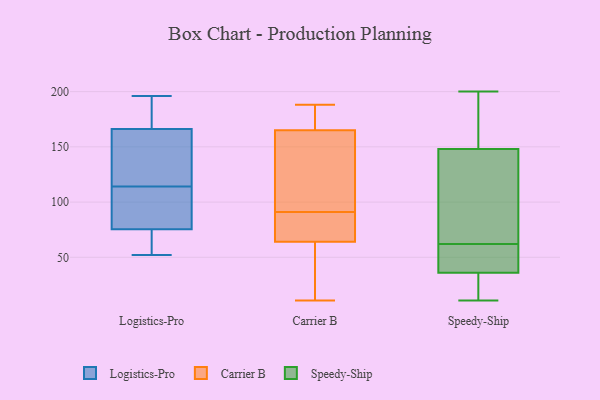
{"axis": {"x": "Page Views", "y": "Value"}, "legend": ["Carrier B", "Logistics-Pro", "Speedy-Ship"], "data": [{"x": "", "y": 128, "type": "Logistics-Pro"}, {"x": "", "y": 63, "type": "Logistics-Pro"}, {"x": "", "y": 114, "type": "Logistics-Pro"}, {"x": "", "y": 196, "type": "Logistics-Pro"}, {"x": "", "y": 193, "type": "Logistics-Pro"}, {"x": "", "y": 70, "type": "Logistics-Pro"}, {"x": "", "y": 92, "type": "Logistics-Pro"}, {"x": "", "y": 95, "type": "Logistics-Pro"}, {"x": "", "y": 137, "type": "Logistics-Pro"}, {"x": "", "y": 52, "type": "Logistics-Pro"}, {"x": "", "y": 176, "type": "Logistics-Pro"}, {"x": "", "y": 11, "type": "Carrier B"}, {"x": "", "y": 188, "type": "Carrier B"}, {"x": "", "y": 51, "type": "Carrier B"}, {"x": "", "y": 167, "type": "Carrier B"}, {"x": "", "y": 88, "type": "Carrier B"}, {"x": "", "y": 65, "type": "Carrier B"}, {"x": "", "y": 154, "type": "Carrier B"}, {"x": "", "y": 94, "type": "Carrier B"}, {"x": "", "y": 176, "type": "Carrier B"}, {"x": "", "y": 20, "type": "Carrier B"}, {"x": "", "y": 64, "type": "Carrier B"}, {"x": "", "y": 82, "type": "Carrier B"}, {"x": "", "y": 165, "type": "Carrier B"}, {"x": "", "y": 109, "type": "Carrier B"}, {"x": "", "y": 63, "type": "Speedy-Ship"}, {"x": "", "y": 154, "type": "Speedy-Ship"}, {"x": "", "y": 33, "type": "Speedy-Ship"}, {"x": "", "y": 11, "type": "Speedy-Ship"}, {"x": "", "y": 95, "type": "Speedy-Ship"}, {"x": "", "y": 154, "type": "Speedy-Ship"}, {"x": "", "y": 200, "type": "Speedy-Ship"}, {"x": "", "y": 38, "type": "Speedy-Ship"}, {"x": "", "y": 57, "type": "Speedy-Ship"}, {"x": "", "y": 193, "type": "Speedy-Ship"}, {"x": "", "y": 28, "type": "Speedy-Ship"}, {"x": "", "y": 146, "type": "Speedy-Ship"}, {"x": "", "y": 62, "type": "Speedy-Ship"}, {"x": "", "y": 24, "type": "Speedy-Ship"}, {"x": "", "y": 42, "type": "Speedy-Ship"}, {"x": "", "y": 140, "type": "Speedy-Ship"}, {"x": "", "y": 37, "type": "Speedy-Ship"}]}